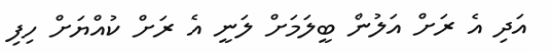
އަދި އެ ރަށް އަލުން ބީލަމަށް ލަނީ އެ ރަށް ކުއްޔަށް ހިފި